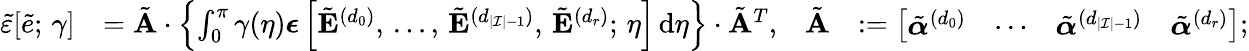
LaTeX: \begin{array}{rlrl}{\tilde{\varepsilon}[\tilde{e};\, \gamma]}&{=\tilde{\mathbf{A}}\cdot\left\{ \int_{0}^{\pi}\gamma(\eta)\boldsymbol{\epsilon}\left[\tilde{\mathbf{E}}^{(d_{0})},\, \ldots,\, \tilde{\mathbf{E}}^{(d_{|\mathcal{I}|-1})},\, \tilde{\mathbf{E}}^{(d_{r})};\, \eta\right]\, \mathrm{d}\eta\right\} \cdot\tilde{\mathbf{A}}^{T},}&{\tilde{\mathbf{A}}}&{:=\left[\begin{array}{llll}{\tilde{\boldsymbol{\alpha}}^{(d_{0})}}&{\cdots}&{\tilde{\boldsymbol{\alpha}}^{(d_{|\mathcal{I}|-1})}}&{\tilde{\boldsymbol{\alpha}}^{(d_{r})}}\end{array}\right];}\end{array}